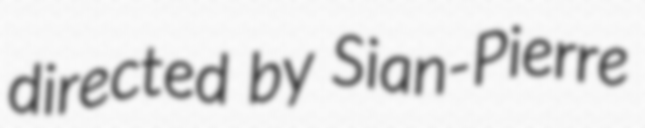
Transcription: directed by Sian-Pierre